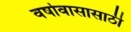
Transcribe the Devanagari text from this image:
वर्षावासासाठी